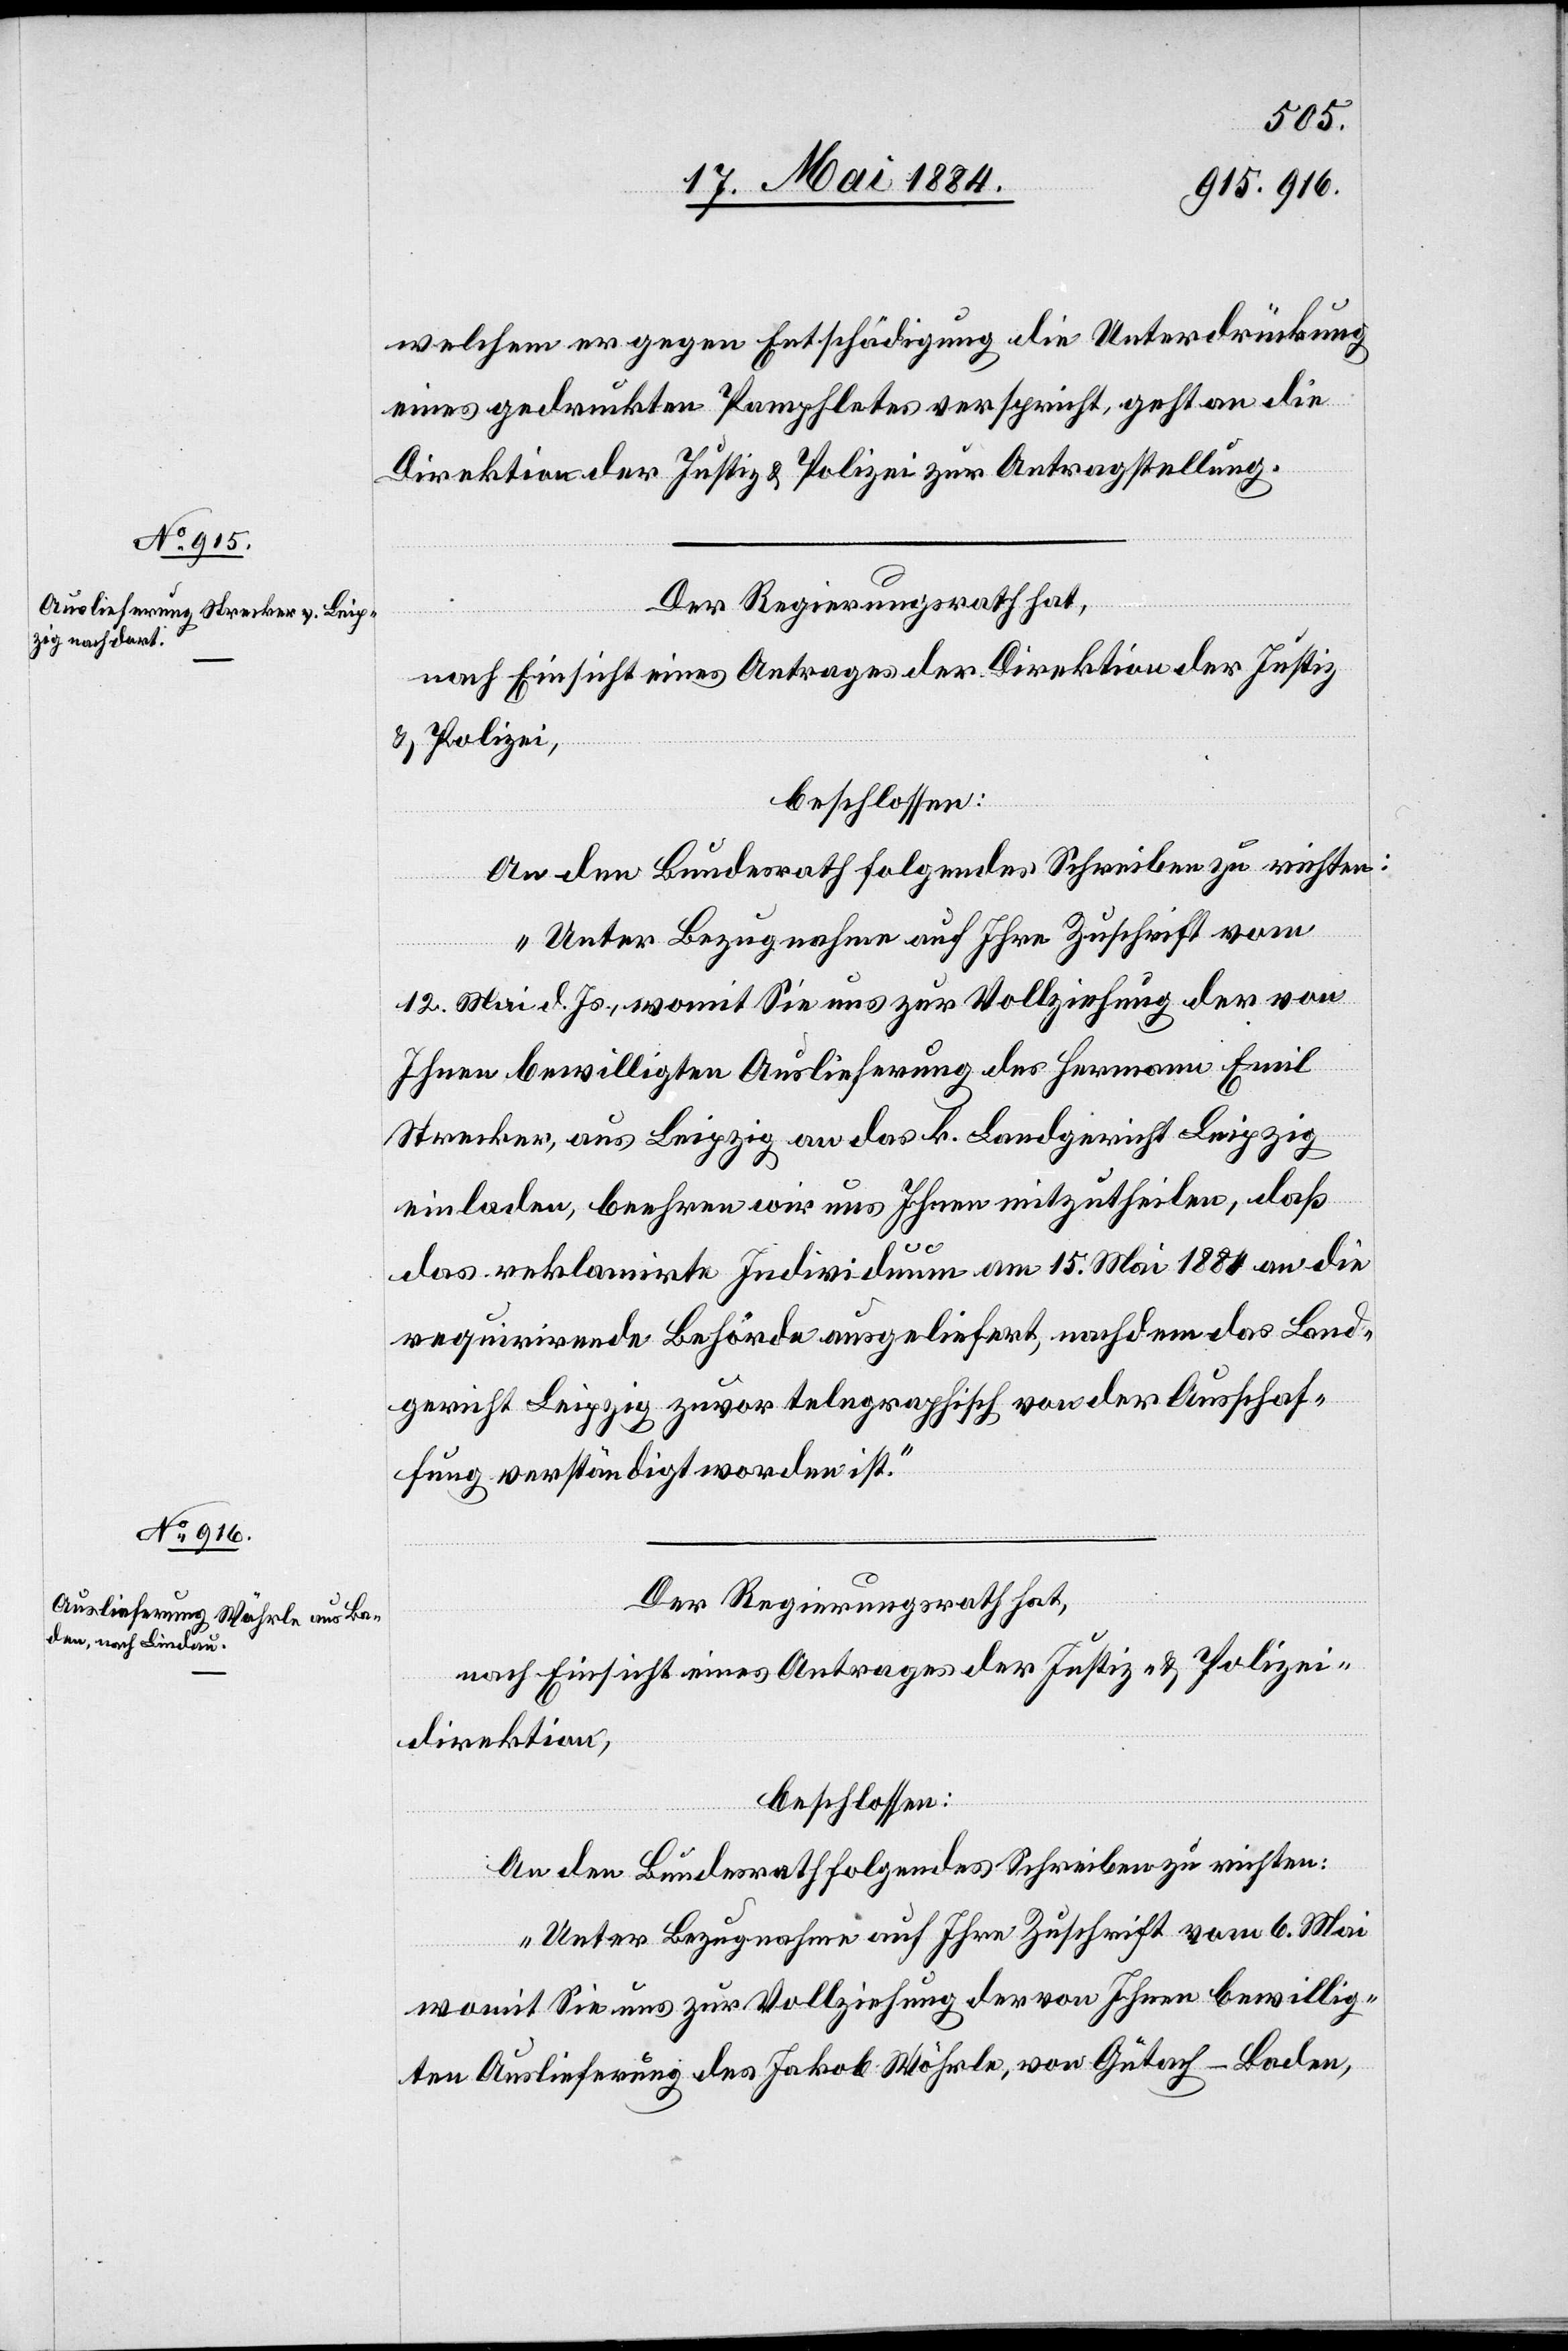
welchem er gegen Entschädigung die Unterdrückung
eines gedruckten Pamphletes verspricht, geht an die
Direktion der Justiz- & Polizei zur Antragstellung.
Der Regierungsrath hat,
nach Einsicht eines Antrages der Direktion der Justiz
& Polizei,
beschlossen:
An den Bundesrath folgendes Schreiben zu richten:
„Unter Bezugnahme auf Ihre Zuschrift vom
12. Mai d. Js., womit Sie uns zur Vollziehung der von
Ihnen bewilligten Auslieferung des Hermann Emil
Strecker, aus Leipzig an das k. Landgericht Leipzig
einladen, beehren wir uns Ihnen mitzutheilen, daß
das reklamirte Individuum am 15. Mai 1884 an die
requirirende Behörde ausgeliefert, nachdem das Land¬
gericht Leipzig zuvor telegraphisch von der Ausschaf¬
fung verständigt worden ist.“
Der Regierungsrath hat,
nach Einsicht eines Antrages der Justiz- & Polizei¬
direktion,
beschlossen:
An den Bundesrath folgendes Schreiben zu richten:
„Unter Bezugnahme auf Ihre Zuschrift vom 6. Mai
womit Sie uns zur Vollziehung der von Ihnen bewillig¬
ten Auslieferung des Jakob Wöhrle, von Gutach - Baden,